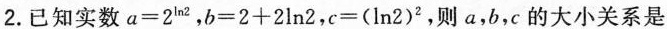
2.已知实数a=2^{\ln_{} 2},b=2+2ln 2,c=(\ln_{} 2)^{2},则a,b,c的大小关系是 ( )